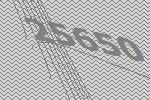
25650